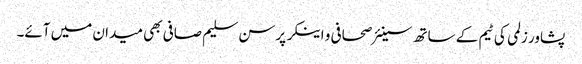
پشاور زلمی کی ٹیم کے ساتھ سینئر صحافی و اینکر پرسن سلیم صافی بھی میدان میں آئے۔